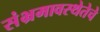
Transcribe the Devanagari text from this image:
संभ्रमावस्थेतेचे